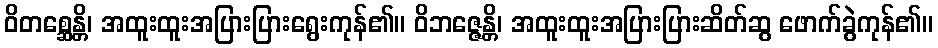
ဝိတစ္ဆေန္တိ၊ အထူးထူးအပြားပြားရွေးကုန်၏။ ဝိဘဇ္ဇေန္တိ၊ အထူးထူးအပြားပြားဆိတ်ဆွ ဖောက်ခွဲကုန်၏။